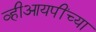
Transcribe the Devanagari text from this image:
व्हीआयपींच्या